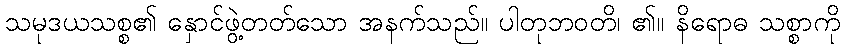
သမုဒယသစ္စ၏ နှောင်ဖွဲ့တတ်သော အနက်သည်။ ပါတုဘဝတိ၊ ၏။ နိရောဓ သစ္စာကို